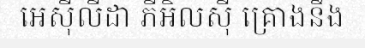
អេស៊ីលីដា ភីអិលស៊ី គ្រោងនឹង